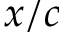
x / c